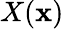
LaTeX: X({\mathbf x})